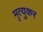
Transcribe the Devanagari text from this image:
मृत्युकर